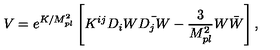
V = e ^ { K / M _ { p l } ^ { 2 } } \left[ K ^ { i j } D _ { i } W \bar { D _ { j } W } - \frac { 3 } { M _ { p l } ^ { 2 } } W \bar { W } \right] ,